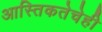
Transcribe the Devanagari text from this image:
आस्तिकतेचेही